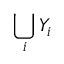
\bigcup _ { i } Y _ { i }